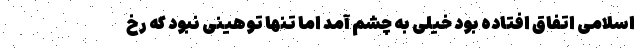
اسلامی اتفاق افتاده بود خیلی به چشم آمد اما تنها توهینی نبود که رخ